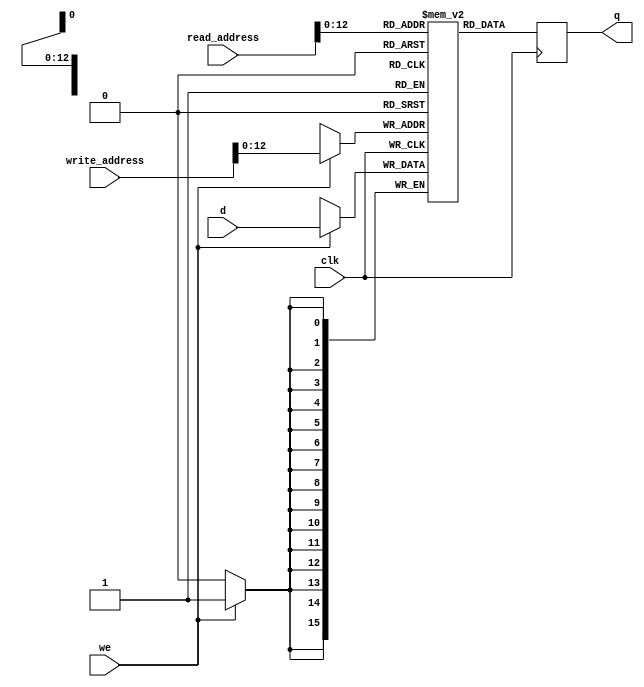

module ram_8(
    output reg [15:0] q,
    input [15:0] d,
    input [13:0] write_address, read_address,
    input we, clk
);
    //(* ramstyle = "M9K" *)
    reg [15:0] mem [8191:0];
    
    always @ (posedge clk) begin
        if (we)
            mem[write_address] <= d;
        q <= mem[read_address]; // q doesn't get d in this clock cycle
    end
    
endmodule